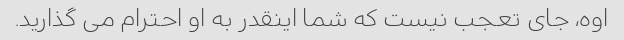
اوه، جای تعجب نیست که شما اینقدر به او احترام می گذارید.